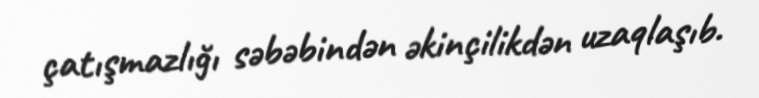
çatışmazlığı səbəbindən əkinçilikdən uzaqlaşıb.